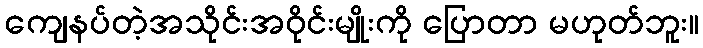
ကျေနပ်တဲ့အသိုင်းအဝိုင်းမျိုးကို ပြောတာ မဟုတ်ဘူး။